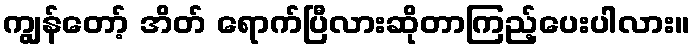
ကျွန်တော့် အိတ် ရောက်ပြီလားဆိုတာကြည့်ပေးပါလား။